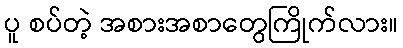
ပူ စပ်တဲ့ အစားအစာတွေကြိုက်လား။